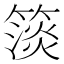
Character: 𥲄